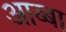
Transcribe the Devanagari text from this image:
आब्बा